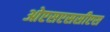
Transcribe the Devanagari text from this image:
ओएसएससीएस